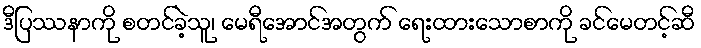
ဒီပြဿနာကို စတင်ခဲ့သူ၊ မေရီအောင်အတွက် ရေးထားသောစာကို ခင်မေတင့်ဆီ